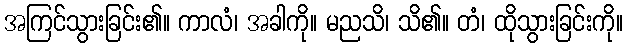
အကြင်သွားခြင်း၏။ ကာလံ၊ အခါကို။ မညသိ၊ သိ၏။ တံ၊ ထိုသွားခြင်းကို။